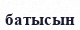
батысын